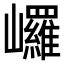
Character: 𡿇